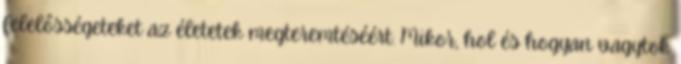
felelősségeteket az életetek megteremtéséért. Mikor, hol és hogyan vagytok